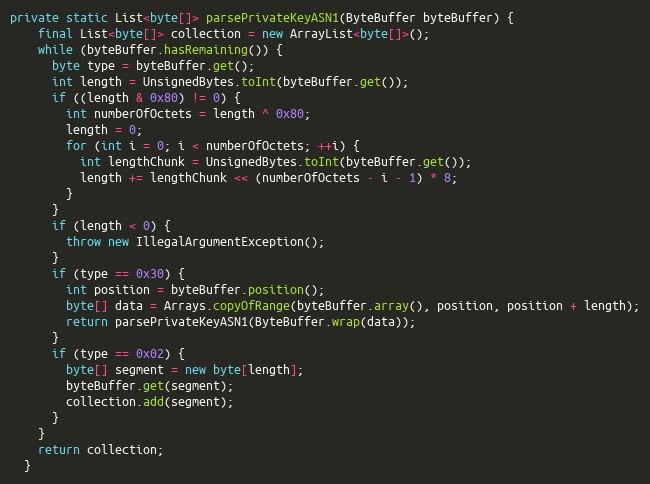
Language: Java
private static List<byte[]> parsePrivateKeyASN1(ByteBuffer byteBuffer) {
    final List<byte[]> collection = new ArrayList<byte[]>();
    while (byteBuffer.hasRemaining()) {
      byte type = byteBuffer.get();
      int length = UnsignedBytes.toInt(byteBuffer.get());
      if ((length & 0x80) != 0) {
        int numberOfOctets = length ^ 0x80;
        length = 0;
        for (int i = 0; i < numberOfOctets; ++i) {
          int lengthChunk = UnsignedBytes.toInt(byteBuffer.get());
          length += lengthChunk << (numberOfOctets - i - 1) * 8;
        }
      }
      if (length < 0) {
        throw new IllegalArgumentException();
      }
      if (type == 0x30) {
        int position = byteBuffer.position();
        byte[] data = Arrays.copyOfRange(byteBuffer.array(), position, position + length);
        return parsePrivateKeyASN1(ByteBuffer.wrap(data));
      }
      if (type == 0x02) {
        byte[] segment = new byte[length];
        byteBuffer.get(segment);
        collection.add(segment);
      }
    }
    return collection;
  }